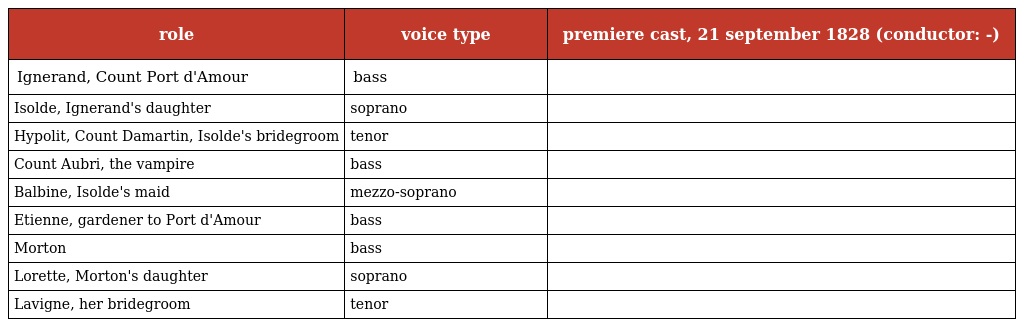
| role | voice type | premiere cast, 21 september 1828 (conductor: -) |
 | --- | --- | --- |
 | Ignerand, Count Port d'Amour | bass |  |
 | Isolde, Ignerand's daughter | soprano |  |
 | Hypolit, Count Damartin, Isolde's bridegroom | tenor |  |
 | Count Aubri, the vampire | bass |  |
 | Balbine, Isolde's maid | mezzo-soprano |  |
 | Etienne, gardener to Port d'Amour | bass |  |
 | Morton | bass |  |
 | Lorette, Morton's daughter | soprano |  |
 | Lavigne, her bridegroom | tenor |  |